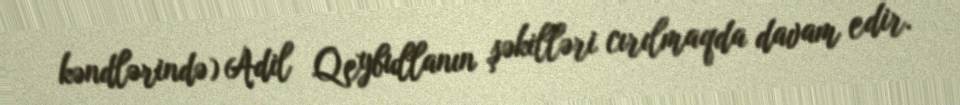
kəndlərində) Adil Qeybullanın şəkilləri cırılmaqda davam edir.